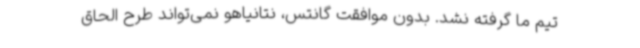
تیم ما گرفته نشد. بدون موافقت گانتس، نتانیاهو نمی‌تواند طرح الحاق